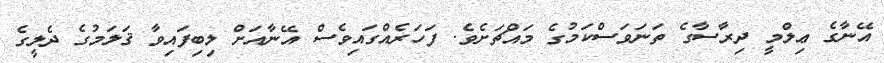
އޭނާގެ ޢިލްމީ ދިރާސާގެ ތަނަވަސްކަމުގެ މައްޗަށެވެ. ފަހަރެއްގައިވެސް އޭނާއަށް ލިބިފައިވާ ޤަލަމުގެ ދެލީގެ